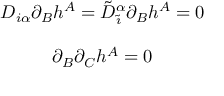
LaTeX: \begin{array} { c } { { D _ { i \alpha } \partial _ { B } h ^ { A } = \tilde { D } _ { \tilde { \imath } } ^ { \alpha } \partial _ { B } h ^ { A } = 0 } } \\ { { { } } } \\ { { \partial _ { B } \partial _ { C } h ^ { A } = 0 } } \end{array}